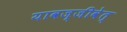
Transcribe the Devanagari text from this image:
यावज्जीवेत्‌